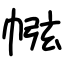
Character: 㡉